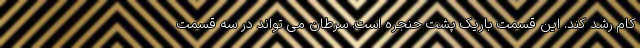
کام رشد کند. این قسمت باریک پشت حنجره است. سرطان می تواند در سه قسمت